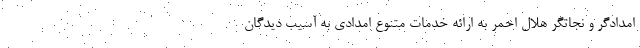
امدادگر و نجاتگر هلال احمر به ارائه خدمات متنوع امدادی به آسیب دیدگان